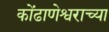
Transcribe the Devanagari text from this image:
कोंढाणेश्वराच्या